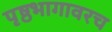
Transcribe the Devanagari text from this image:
पृष्ठभागावरच